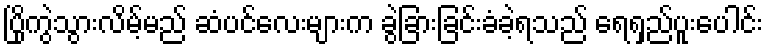
ပြိုကွဲသွားလိမ့်မည် ဆံပင်လေးများက ခွဲခြားခြင်းခံခဲ့ရသည် ရေရှည်ပူးပေါင်း